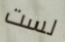
لست